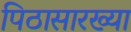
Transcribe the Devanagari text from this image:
पिठासारख्या